Indian journal of veterinary science and animal husbandry - Volume 5,
Year: 1935
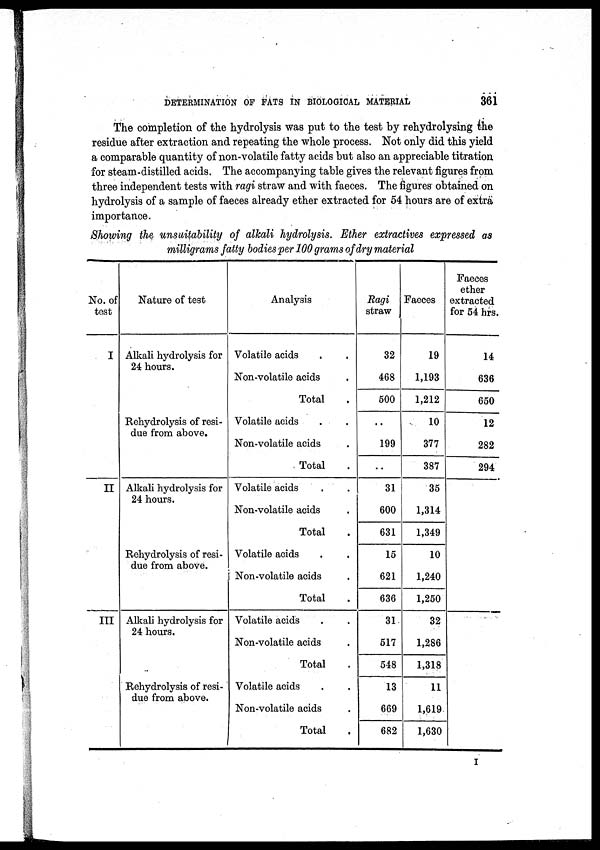
DETERMINATION OF FATS IN BIOLOGICAL MATERIAL
361
The completion of the hydrolysis was put to the test by rehydrolysing the
residue after extraction and repeating the whole process. Not only did this yield
a comparable quantity of non-volatile fatty acids but also an appreciable titration
for steam-distilled acids. The accompanying table gives the relevant figures from
three independent tests with ragi straw and with faeces. The figures obtained on
hydrolysis of a sample of faeces already ether extracted for 54 hours are of extra
importance.
Showing the unsuitability of alkali hydrolysis. Ether extractives expressed as
milligrams fatty bodies per 100 grams of dry material
No. of
test
I
II
III
Nature of test
Alkali hydrolysis for
24 hours.
Rehydrolysis of resi-
due from above.
Alkali hydrolysis for
24 hours.
Rehydrolysis of resi-
due from above.
Alkali hydrolysis for
24 hours.
Rehydrolysis of resi-
due from above.
Analysis
Volatile acids . .
Non-volatile acids .
Total .
Volatile acids . .
Non-volatile acids .
Total .
Volatile acids . .
Non-volatile acids .
Total .
Volatile acids . .
Non-volatile acids .
Total .
Volatile acids . .
Non-volatile acids .
Total .
Volatile acids . .
Non-volatile acids .
Total .
Ragi
straw
32
468
500
. .
199
..
31
600
631
15
621
636
31
517
548
13
669
682
Faeces
19
1,193
1,212
10
377
387
35
1,314
1,349
10
1,240
1,250
32
1,286
1,318
11
1,619
1,630
Faeces
ether
extracted
for 54 hrs.
14
636
650
12
282
294
I